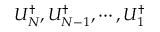
U _ { N } ^ { \dagger } , U _ { N - 1 } ^ { \dagger } , \cdots , U _ { 1 } ^ { \dagger }